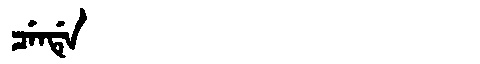
Manchu: ᠴᡝᠨᡩᡝ
Romanization: CENDE